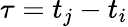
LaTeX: \tau=t_{j}-t_{i}